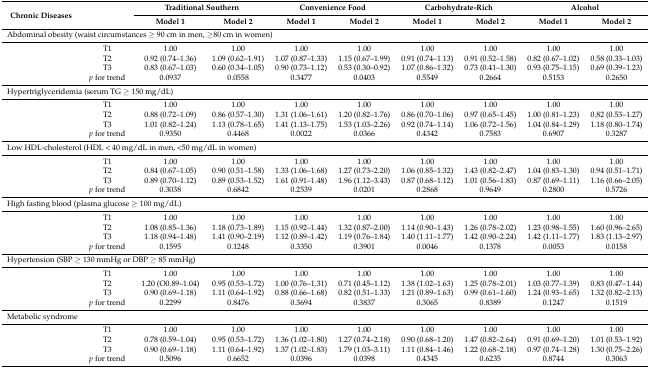
<table><thead><tr><td rowspan="2"><b>Chronic Diseases</b></td><td rowspan="2"></td><td colspan="2"><b>Traditional Southern</b></td><td colspan="2"><b>Convenience Food</b></td><td colspan="2"><b>Carbohydrate-Rich</b></td><td colspan="2"><b>Alcohol</b></td></tr><tr><td><b>Model 1</b></td><td><b>Model 2</b></td><td><b>Model 1</b></td><td><b>Model 2</b></td><td><b>Model 1</b></td><td><b>Model 2</b></td><td><b>Model 1</b></td><td><b>Model 2</b></td></tr></thead><tbody><tr><td colspan="10">Abdominal obesity (waist circumstances ≥ 90 cm in men, ≥80 cm in women)</td></tr><tr><td></td><td>T1</td><td>1.00</td><td>1.00</td><td>1.00</td><td>1.00</td><td>1.00</td><td>1.00</td><td>1.00</td><td>1.00</td></tr><tr><td></td><td>T2</td><td>0.92 (0.74–1.36)</td><td>1.09 (0.62–1.91)</td><td>1.07 (0.87–1.33)</td><td>1.15 (0.67–1.99)</td><td>0.91 (0.74–1.13)</td><td>0.91 (0.52–1.58)</td><td>0.82 (0.67–1.02)</td><td>0.58 (0.33–1.03)</td></tr><tr><td></td><td>T3</td><td>0.83 (0.67–1.03)</td><td>0.60 (0.34–1.05)</td><td>0.90 (0.73–1.12)</td><td>0.53 (0.30–0.92)</td><td>1.07 (0.86–1.32)</td><td>0.73 (0.41–1.30)</td><td>0.93 (0.75–1.15)</td><td>0.69 (0.39–1.23)</td></tr><tr><td></td><td><i>p</i> for trend</td><td>0.0937</td><td>0.0558</td><td>0.3477</td><td>0.0403</td><td>0.5549</td><td>0.2664</td><td>0.5153</td><td>0.2650</td></tr><tr><td colspan="4">Hypertriglyceridemia (serum TG ≥ 150 mg/dL)</td><td colspan="2"></td><td colspan="2"></td><td colspan="2"></td></tr><tr><td></td><td>T1</td><td>1.00</td><td>1.00</td><td>1.00</td><td>1.00</td><td>1.00</td><td>1.00</td><td>1.00</td><td>1.00</td></tr><tr><td></td><td>T2</td><td>0.88 (0.72–1.09)</td><td>0.86 (0.57–1.30)</td><td>1.31 (1.06–1.61)</td><td>1.20 (0.82–1.76)</td><td>0.86 (0.70–1.06)</td><td>0.97 (0.65–1.45)</td><td>1.00 (0.81–1.23)</td><td>0.82 (0.53–1.27)</td></tr><tr><td></td><td>T3</td><td>1.01 (0.82–1.24)</td><td>1.13 (0.78–1.65)</td><td>1.41 (1.13–1.75)</td><td>1.53 (1.03–2.26)</td><td>0.92 (0.74–1.14)</td><td>1.06 (0.72–1.56)</td><td>1.04 (0.84–1.29)</td><td>1.18 (0.80–1.74)</td></tr><tr><td></td><td><i>p</i> for trend</td><td>0.9350</td><td>0.4468</td><td>0.0022</td><td>0.0366</td><td>0.4342</td><td>0.7583</td><td>0.6907</td><td>0.3287</td></tr><tr><td colspan="6">Low HDL-cholesterol (HDL &lt; 40 mg/dL in men, &lt;50 mg/dL in women)</td><td colspan="2"></td><td colspan="2"></td></tr><tr><td></td><td>T1</td><td>1.00</td><td>1.00</td><td>1.00</td><td>1.00</td><td>1.00</td><td>1.00</td><td>1.00</td><td>1.00</td></tr><tr><td></td><td>T2</td><td>0.84 (0.67–1.05)</td><td>0.90 (0.51–1.58)</td><td>1.33 (1.06–1.68)</td><td>1.27 (0.73–2.20)</td><td>1.06 (0.85–1.32)</td><td>1.43 (0.82–2.47)</td><td>1.04 (0.83–1.30)</td><td>0.94 (0.51–1.71)</td></tr><tr><td></td><td>T3</td><td>0.89 (0.70–1.12)</td><td>0.89 (0.53–1.52)</td><td>1.61 (0.91–1.48)</td><td>1.96 (1.12–3.43)</td><td>0.87 (0.68–1.12)</td><td>1.01 (0.56–1.83)</td><td>0.87 (0.69–1.11)</td><td>1.16 (0.66–2.05)</td></tr><tr><td></td><td><i>p</i> for trend</td><td>0.3038</td><td>0.6842</td><td>0.2539</td><td>0.0201</td><td>0.2868</td><td>0.9649</td><td>0.2800</td><td>0.5726</td></tr><tr><td colspan="10">High fasting blood (plasma glucose ≥ 100 mg/dL)</td></tr><tr><td></td><td>T1</td><td>1.00</td><td>1.00</td><td>1.00</td><td>1.00</td><td>1.00</td><td>1.00</td><td>1.00</td><td>1.00</td></tr><tr><td></td><td>T2</td><td>1.08 (0.85–1.36)</td><td>1.18 (0.73–1.89)</td><td>1.15 (0.92–1.44)</td><td>1.32 (0.87–2.00)</td><td>1.14 (0.90–1.43)</td><td>1.26 (0.78–2.02)</td><td>1.23 (0.98–1.55)</td><td>1.60 (0.96–2.65)</td></tr><tr><td></td><td>T3</td><td>1.18 (0.94–1.48)</td><td>1.41 (0.90–2.19)</td><td>1.12 (0.89–1.42)</td><td>1.19 (0.76–1.84)</td><td>1.40 (1.11–1.77)</td><td>1.42 (0.90–2.24)</td><td>1.42 (1.11–1.77)</td><td>1.83 (1.13–2.97)</td></tr><tr><td></td><td><i>p</i> for trend</td><td>0.1595</td><td>0.1248</td><td>0.3350</td><td>0.3901</td><td>0.0046</td><td>0.1378</td><td>0.0053</td><td>0.0158</td></tr><tr><td colspan="4">Hypertension (SBP ≥ 130 mmHg or DBP ≥ 85 mmHg)</td><td colspan="2"></td><td colspan="2"></td><td colspan="2"></td></tr><tr><td></td><td>T1</td><td>1.00</td><td>1.00</td><td>1.00</td><td>1.00</td><td>1.00</td><td>1.00</td><td>1.00</td><td>1.00</td></tr><tr><td></td><td>T2</td><td>1.20 (O0.89–1.04)</td><td>0.95 (0.53–1.72)</td><td>1.00 (0.76–1.31)</td><td>0.71 (0.45–1.12)</td><td>1.38 (1.02–1.63)</td><td>1.25 (0.78–2.01)</td><td>1.03 (0.77–1.39)</td><td>0.83 (0.47–1.44)</td></tr><tr><td></td><td>T3</td><td>0.90 (0.69–1.18)</td><td>1.11 (0.64–1.92)</td><td>0.88 (0.66–1.68)</td><td>0.82 (0.51–1.33)</td><td>1.21 (0.89–1.63)</td><td>0.99 (0.61–1.60)</td><td>1.24 (0.93–1.65)</td><td>1.32 (0.82–2.13)</td></tr><tr><td></td><td><i>p</i> for trend</td><td>0.2299</td><td>0.8476</td><td>0.3694</td><td>0.3837</td><td>0.3065</td><td>0.8389</td><td>0.1247</td><td>0.1519</td></tr><tr><td colspan="4">Metabolic syndrome</td><td colspan="2"></td><td colspan="2"></td><td colspan="2"></td></tr><tr><td></td><td>T1</td><td>1.00</td><td>1.00</td><td>1.00</td><td>1.00</td><td>1.00</td><td>1.00</td><td>1.00</td><td>1.00</td></tr><tr><td></td><td>T2</td><td>0.78 (0.59–1.04)</td><td>0.95 (0.53–1.72)</td><td>1.36 (1.02–1.80)</td><td>1.27 (0.74–2.18)</td><td>0.90 (0.68–1.20)</td><td>1.47 (0.82–2.64)</td><td>0.91 (0.69–1.20)</td><td>1.01 (0.53–1.92)</td></tr><tr><td></td><td>T3</td><td>0.90 (0.69–1.18)</td><td>1.11 (0.64–1.92)</td><td>1.37 (1.02–1.83)</td><td>1.79 (1.03–3.11)</td><td>1.11 (0.84–1.46)</td><td>1.22 (0.68–2.18)</td><td>0.97 (0.74–1.28)</td><td>1.30 (0.75–2.26)</td></tr><tr><td></td><td><i>p</i> for trend</td><td>0.5096</td><td>0.6652</td><td>0.0396</td><td>0.0398</td><td>0.4345</td><td>0.6235</td><td>0.8744</td><td>0.3063</td></tr></tbody></table>